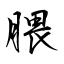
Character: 腲